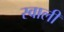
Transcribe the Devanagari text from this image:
स्वाली